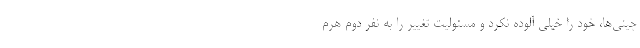
چینی­ها، خود را خیلی آلوده نکرد و مسئولیت تغییر را به نفر دوم هرمِ